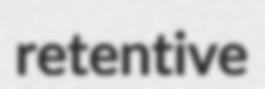
retentive